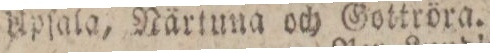
Upſala, Närtuna och Gottröra.